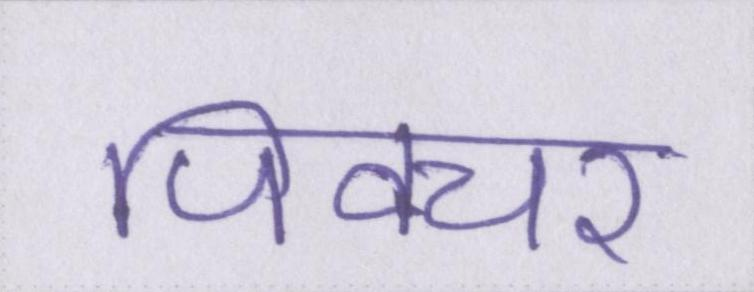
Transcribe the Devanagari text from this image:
पिक्चर